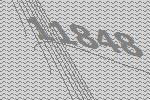
11848